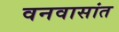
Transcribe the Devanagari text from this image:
वनवासांत